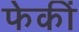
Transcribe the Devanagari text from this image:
फेकीं